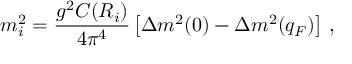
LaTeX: m _ { i } ^ { 2 } = \frac { g ^ { 2 } C ( R _ { i } ) } { 4 \pi ^ { 4 } } \left[ \Delta m ^ { 2 } ( 0 ) - \Delta m ^ { 2 } ( q _ { F } ) \right] \, ,